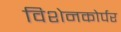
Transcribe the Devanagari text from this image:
विशेनकोर्पर